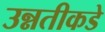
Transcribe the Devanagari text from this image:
उन्नतीकडे